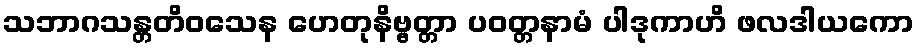
သဘာဂသန္တတိဝသေန ဟေတုနိဗ္ဗတ္တာ ပဝတ္တနာမံ ပါဒုကာဟိ ဖလဒါယကော